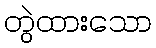
တွဲထားသော